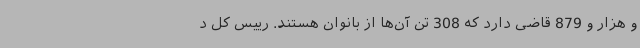
و هزار و 879 قاضی دارد که 308 تن آن‌ها از بانوان هستند. رییس کل د